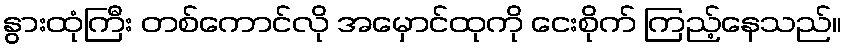
နွားထုံကြီး တစ်ကောင်လို အမှောင်ထုကို ငေးစိုက် ကြည့်နေသည်။